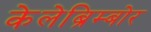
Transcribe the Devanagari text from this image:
केलेब्रिम्बोर